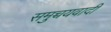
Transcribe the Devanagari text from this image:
समुच्चयवादी